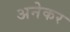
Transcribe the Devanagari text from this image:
अनेकर